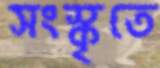
সংস্কৃতে